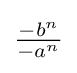
{\tfrac {-b^{n}}{-a^{n}}}